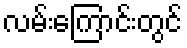
လမ်းကြောင်းတွင်